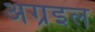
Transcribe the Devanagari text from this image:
अग्रइल